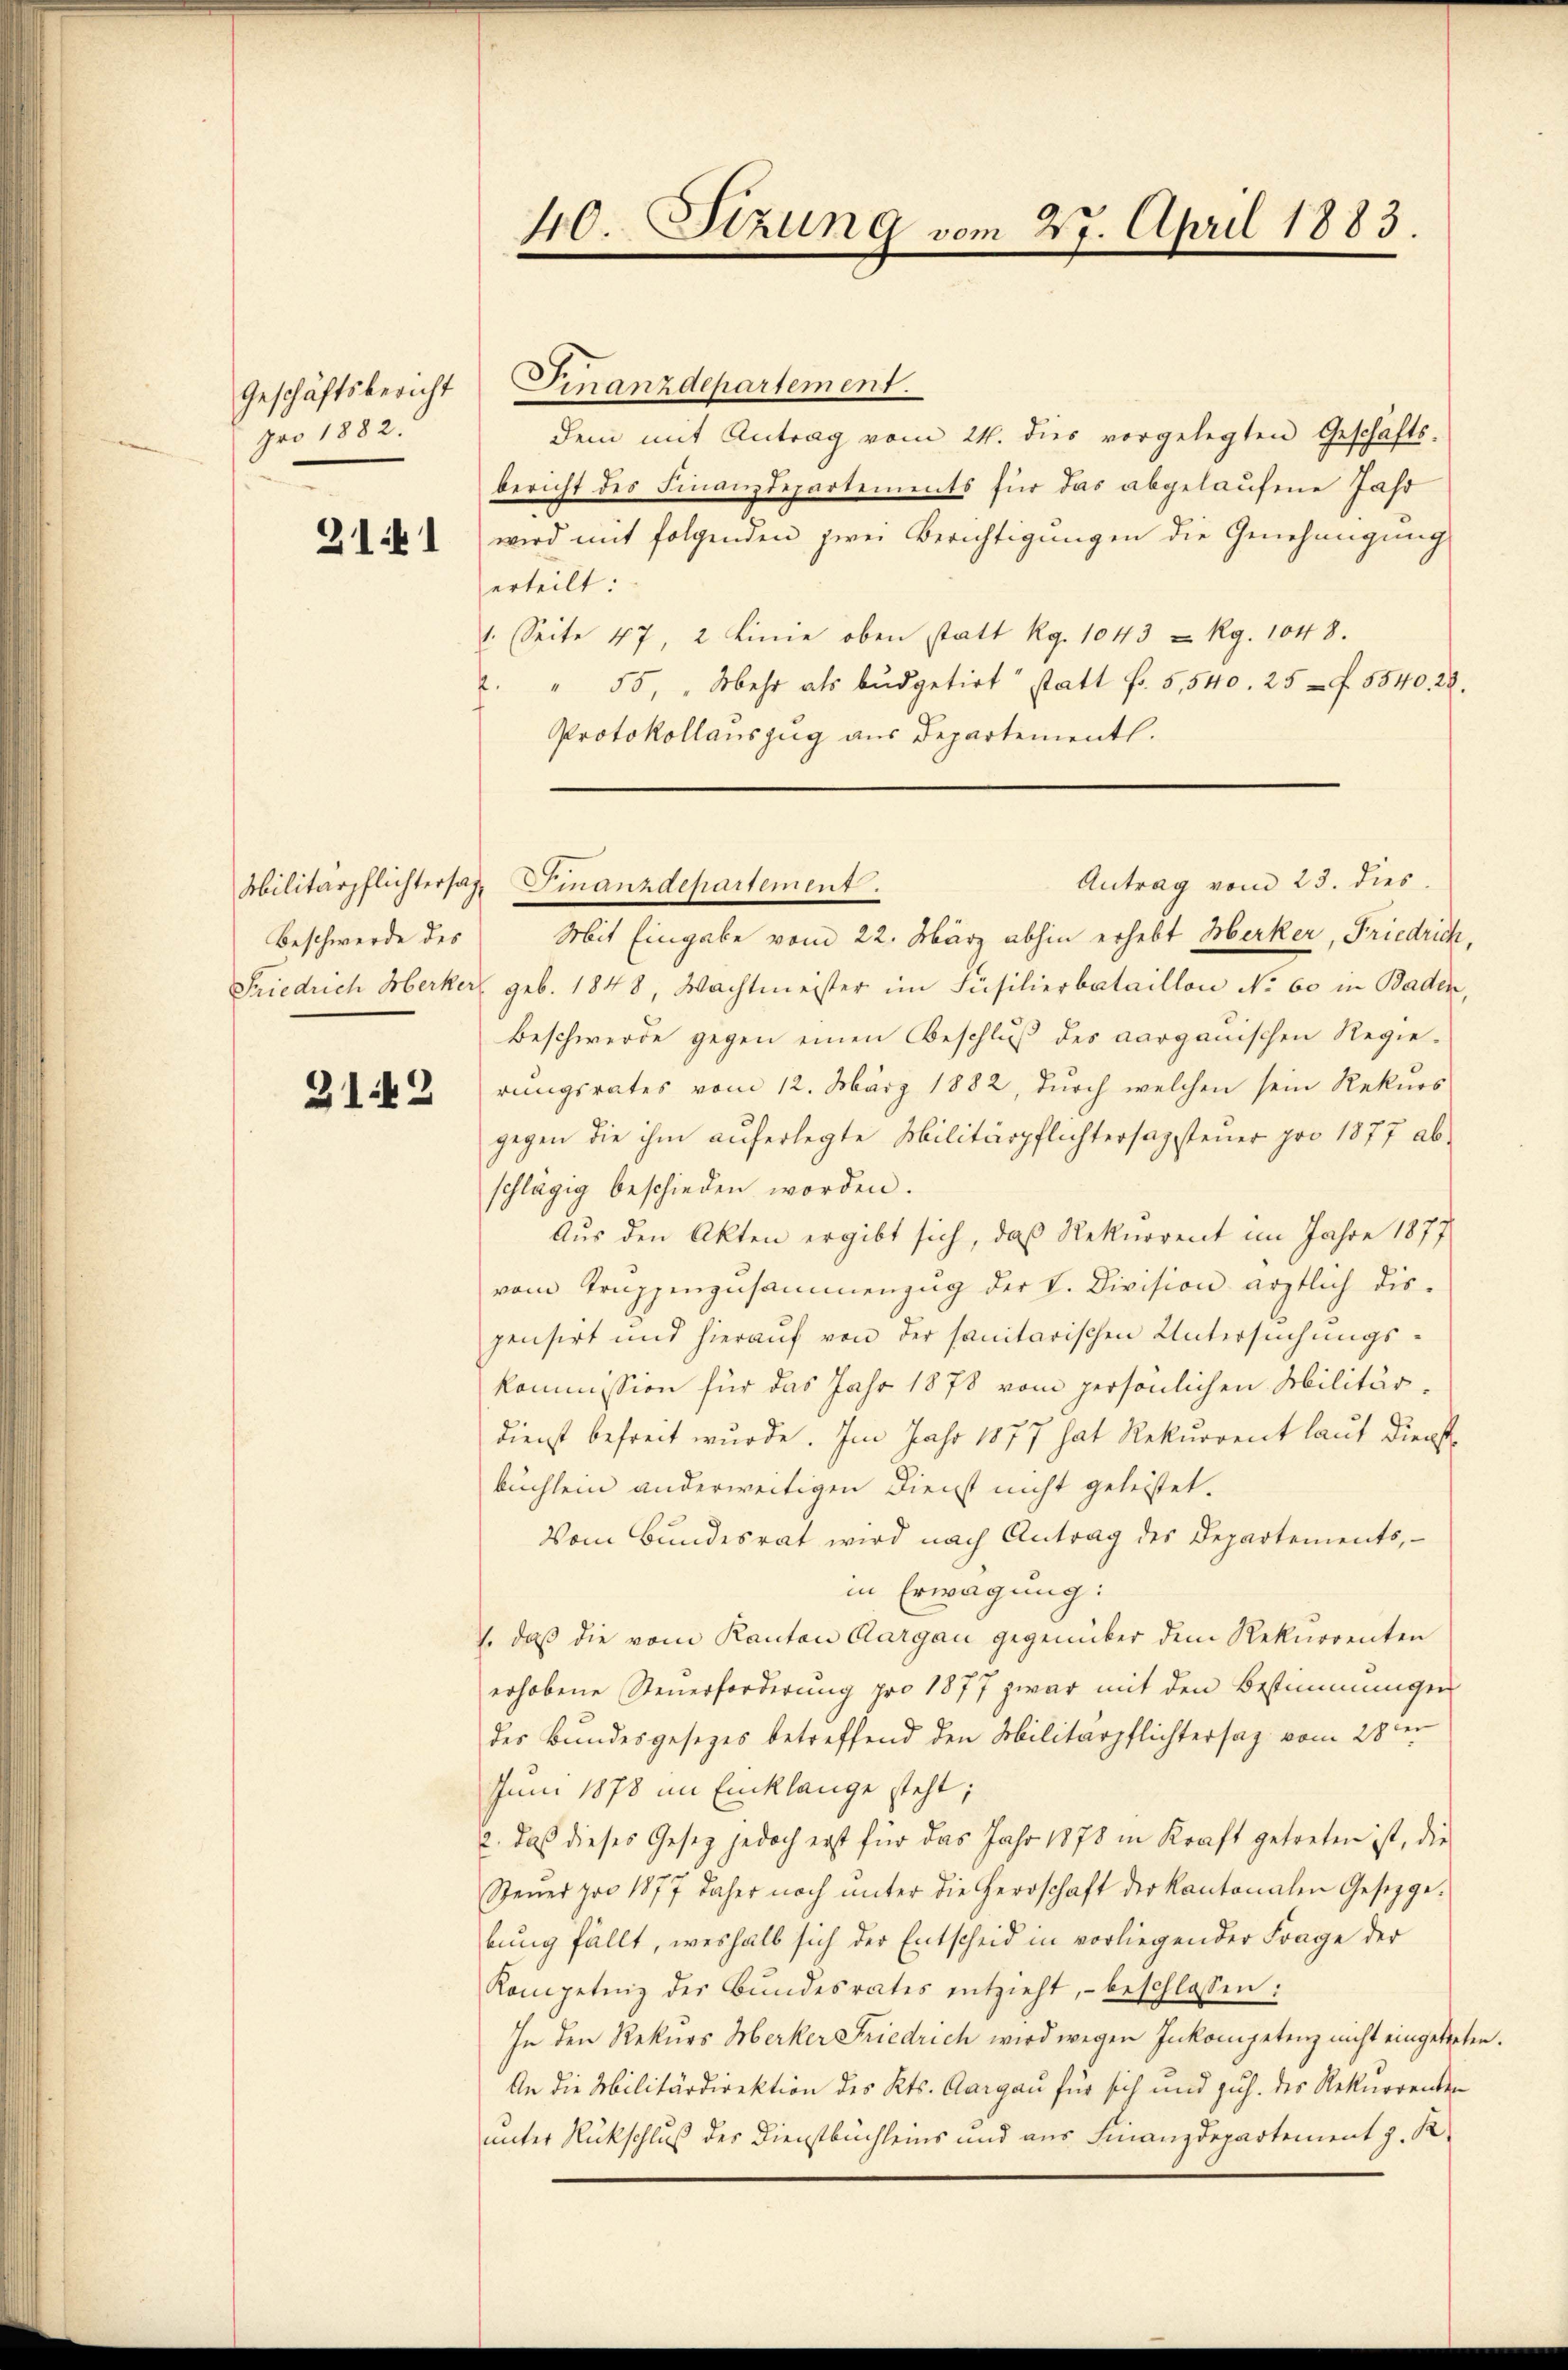
Geschäftsbericht
pro 1882.

211

3142

40. Stzung vom 27. April 1883.

Beschwerde des

Finanzdepartement.
dem mit Antrag vom 24. dies vorgelegten Geschäfts-
bericht des Finanzdepartements für das abgelaufene Jahr
wird mit folgenden zwei Berichtigungen die Genehmigung
erteilt:
1. Seite 47, 2 Linie oben statt Rg. 1043 u Rg. 1048.
2. " 55, " Mehr als bŭdgetirt statt fr. 5540. 25 f. 5840. 28.
Protokollauszug aus Departementl.

Mit Eingabe vom 22. März abhin erhebt Herker, Friedrich,
Friedrich Herker geb. 1848, Wachtmeister im Füsilierbataillon No. 60 in Baden,
Beschwerde gegen einen Beschluß des aargauischen Regierungsrates vom 12. März 1882, durch welchen sein Rekurs
gegen die ihm aŭferlegte Militärpflichtersagsteŭer pro 1877 ab-
schlägig beschieden worden.
Aus den Akten ergibt sich, daß Rekurrent im Jahre 1877
vom Truppenzusammenzug der V. Division ärztlich diepensirt und hieraŭf von der sanitarischen Untersŭchŭngs-
kommission für das Jahr 1878 vom persönlichen Militär-
Dienst befreit wurde. Im Jahr 1877 hat Rekurrent laut Dienstbuchlein anderweitigen Dienst nicht geleistet.
Vom Bundesrat wird nach Antrag des Departements,
in Erwägung:
1. daß die vom Kanton Aargau gegenüber dem Rekurrenten
erhobene Steuerforderung pro 1877 zwar mit den Bestimmungen
des Bundesgesetzes betreffend den Militärpflichtersaz vom 28ten
Juni 1878 im Eiklange steht;
c. daß dieses Gesez jedoch erst für das Jahr 1878 in Kraft getreten ist, die
Steŭer pro 1877 daher noch ŭnter die Herrschaft der Kantonalen Gesetzge-
bung fällt, weshalb sich der Entscheid in vorliegender Frage der
Kompetenz der Bundesrates entzieht, beschlossen:
In den Rekŭrs Merker Friedrich wird wegen Inkompetenz nicht eingetreten.
An die Militärdirektion des Kts. Aargau für sich und zuh. des Rekurrenten
unter Rückschluß der Dienstbuchleins und aus Finanzdepartement z. K.

Antrag vom 23. dies
Militärpflichtersaz. Finanzdepartement.